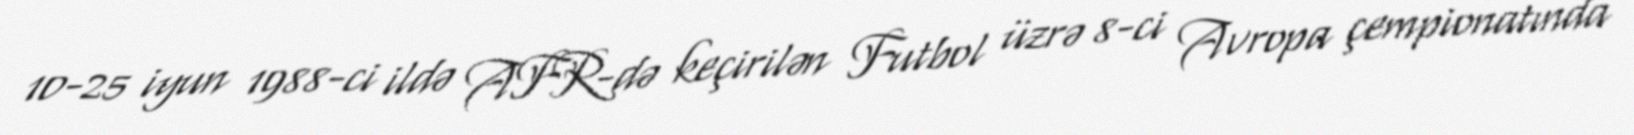
10-25 iyun 1988-ci ildə AFR-də keçirilən Futbol üzrə 8-ci Avropa çempionatında